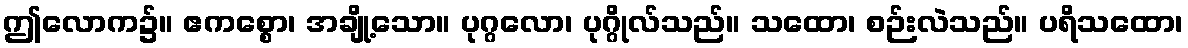
ဤလောက၌။ ဧကစ္စော၊ အချို့သော။ ပုဂ္ဂလော၊ ပုဂ္ဂိုလ်သည်။ သထော၊ စဉ်းလဲသည်။ ပရိသထော၊